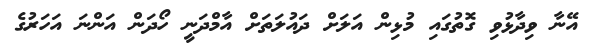
އޭނާ ވިދާޅުވި ގޮތުގައި މުޅިން އަލަށް ދައުލަތަށް އާމްދަނީ ހޯދަން އަންނަ އަހަރުގެ